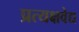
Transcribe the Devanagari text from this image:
प्रत्यक्षवेद्य